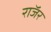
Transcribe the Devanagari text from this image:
राॅजर